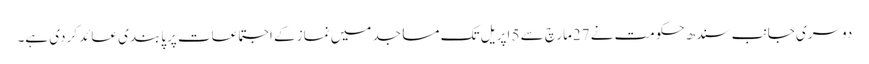
دوسری جانب سندھ حکومت نے 27مارچ سے 5 اپریل تک مساجد میں نماز کے اجتماعات پرپابندی عائد کردی ہے۔